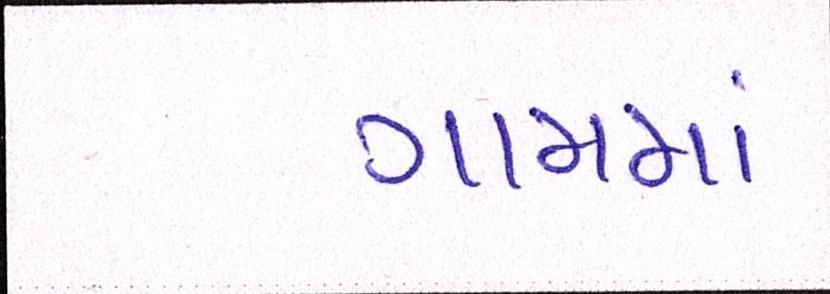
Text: ગામમા